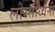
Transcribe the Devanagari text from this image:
लोस्सीध्वनी